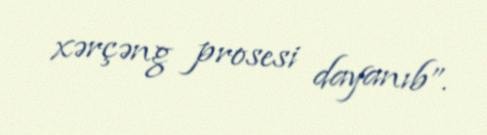
xərçəng prosesi dayanıb”.